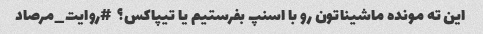
این ته مونده ماشیناتون رو با اسنپ بفرستیم یا تیپاکس؟  #روایت_مرصاد